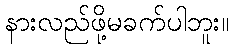
နားလည်ဖို့မခက်ပါဘူး။